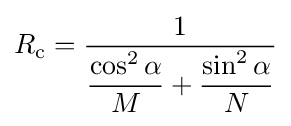
R_{\mathrm {c} }={\frac {1}{{\dfrac {\cos ^{2}\alpha }{M}}+{\dfrac {\sin ^{2}\alpha }{N}}}}